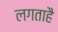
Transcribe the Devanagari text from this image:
लगताहै